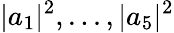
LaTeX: |a_{1}|^{2},...,|a_{5}|^{2}